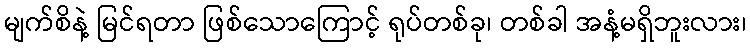
မျက်စိနဲ့ မြင်ရတာ ဖြစ်သောကြောင့် ရုပ်တစ်ခု၊ တစ်ခါ အနံ့မရှိဘူးလား၊